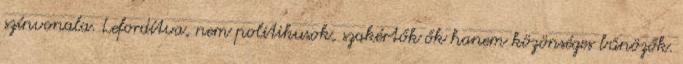
színvonala. Lefordítva, nem politikusok, szakértők ők hanem közönséges bűnözők.